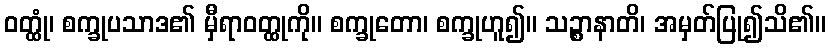
ဝတ္ထုံ၊ စက္ခုပသာဒ၏ မှီရာဝတ္ထုကို။ စက္ခုတော၊ စက္ခုဟူ၍။ သဉ္စာနာတိ၊ အမှတ်ပြု၍သိ၏။